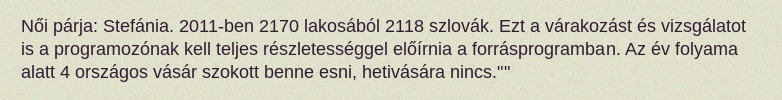
Női párja: Stefánia. 2011-ben 2170 lakosából 2118 szlovák. Ezt a várakozást és vizsgálatot is a programozónak kell teljes részletességgel előírnia a forrásprogramban. Az év folyama alatt 4 országos vásár szokott benne esni, hetivására nincs.""